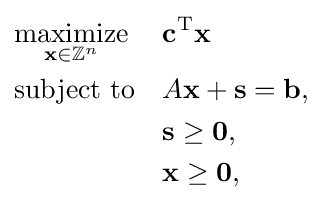
{\begin{aligned}&{\underset {\mathbf {x} \in \mathbb {Z} ^{n}}{\text{maximize}}}&&\mathbf {c} ^{\mathrm {T} }\mathbf {x} \\&{\text{subject to}}&&A\mathbf {x} +\mathbf {s} =\mathbf {b} ,\\&&&\mathbf {s} \geq \mathbf {0} ,\\&&&\mathbf {x} \geq \mathbf {0} ,\end{aligned}}